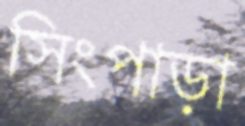
সিংপাড়া